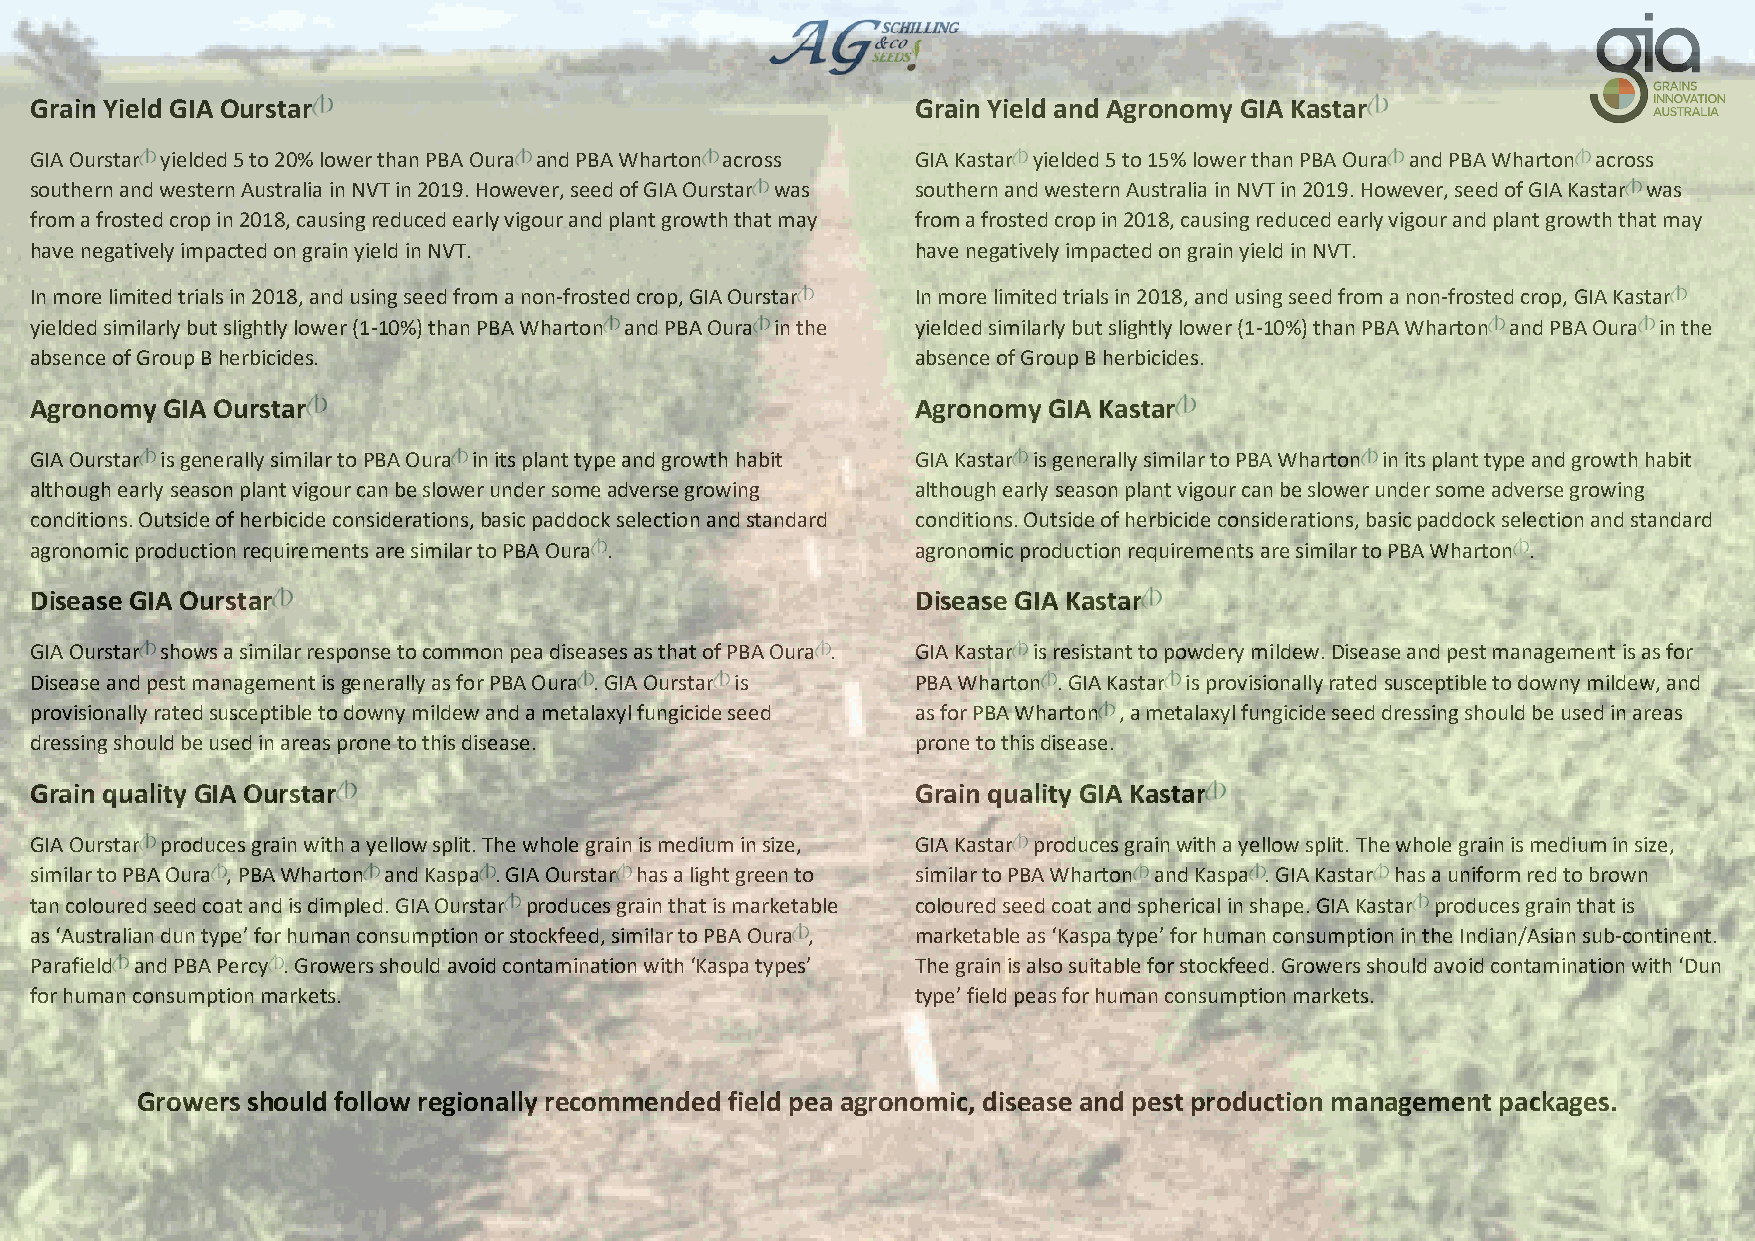
Grain Yield GIA Ourstar                                    Grain Yield and Agronomy GIA Kastar
 GIA Ourstar yielded 5 to 20% lower than PBA Oura and PBA Wharton across GIA Kastar yielded 5 to 15% lower than PBA Oura and PBA Wharton across
 southern and western Australia in NVT in 2019. However, seed of GIA Ourstar was southern and western Australia in NVT in 2019. However, seed of GIA Kastar was
 from a frosted crop in 2018, causing reduced early vigour and plant growth that may from a frosted crop in 2018, causing reduced early vigour and plant growth that may
 have negatively impacted on grain yield in NVT.            have negatively impacted on grain yield in NVT.
 In more limited trials in 2018, and using seed from a non-frosted crop, GIA Ourstar In more limited trials in 2018, and using seed from a non-frosted crop, GIA Kastar
 yielded similarly but slightly lower (1-10%) than PBA Wharton and PBA Oura in the yielded similarly but slightly lower (1-10%) than PBA Wharton and PBA Oura in the
 absence of Group B herbicides.                             absence of Group B herbicides.
 Agronomy GIA Ourstar                                       Agronomy GIA Kastar
 GIA Ourstar is generally similar to PBA Oura in its plant type and growth habit GIA Kastar is generally similar to PBA Wharton in its plant type and growth habit
 although early season plant vigour can be slower under some adverse growing although early season plant vigour can be slower under some adverse growing
 conditions. Outside of herbicide considerations, basic paddock selection and standard conditions. Outside of herbicide considerations, basic paddock selection and standard
 agronomic production requirements are similar to PBA Oura . agronomic production requirements are similar to PBA Wharton .
 Disease GIA Ourstar                                        Disease GIA Kastar
 GIA Ourstar shows a similar response to common pea diseases as that of PBA Oura . GIA Kastar is resistant to powdery mildew. Disease and pest management is as for
 Disease and pest management is generally as for PBA Oura . GIA Ourstar is PBA Wharton . GIA Kastar is provisionally rated susceptible to downy mildew, and
 provisionally rated susceptible to downy mildew and a metalaxyl fungicide seed as for PBA Wharton , a metalaxyl fungicide seed dressing should be used in areas
 dressing should be used in areas prone to this disease.    prone to this disease.
 Grain quality GIA Ourstar                                  Grain quality GIA Kastar
 GIA Ourstar produces grain with a yellow split. The whole grain is medium in size, GIA Kastar produces grain with a yellow split. The whole grain is medium in size,
 similar to PBA Oura , PBA Wharton and Kaspa . GIA Ourstar has a light green to similar to PBA Wharton and Kaspa . GIA Kastar has a uniform red to brown
 tan coloured seed coat and is dimpled. GIA Ourstar produces grain that is marketable coloured seed coat and spherical in shape. GIA Kastar produces grain that is
 as ‘Australian dun type’ for human consumption or stockfeed, similar to PBA Oura , marketable as ‘Kaspa type’ for human consumption in the Indian/Asian sub-continent.
 Parafield and PBA Percy . Growers should avoid contamination with ‘Kaspa types’ The grain is also suitable for stockfeed. Growers should avoid contamination with ‘Dun
 for human consumption markets.                             type’ field peas for human consumption markets.
 Growers should follow regionally recommended field pea agronomic, disease and pest production management packages.